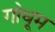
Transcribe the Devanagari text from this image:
गोधूम